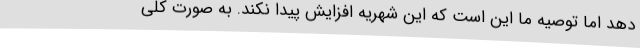
دهد اما توصیه‌ ما این است که این شهریه افزایش پیدا نکند. به صورت کلی